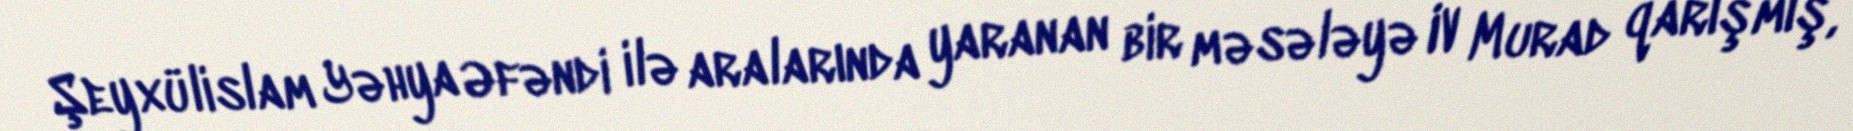
Şeyxülislam Yəhya Əfəndi ilə aralarında yaranan bir məsələyə IV Murad qarışmış,